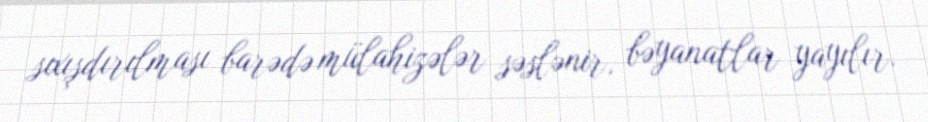
sıxışdırılması barədə mülahizələr səslənir, bəyanatlar yayılır.